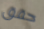
حقق